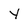
Character: Y